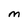
Character: M